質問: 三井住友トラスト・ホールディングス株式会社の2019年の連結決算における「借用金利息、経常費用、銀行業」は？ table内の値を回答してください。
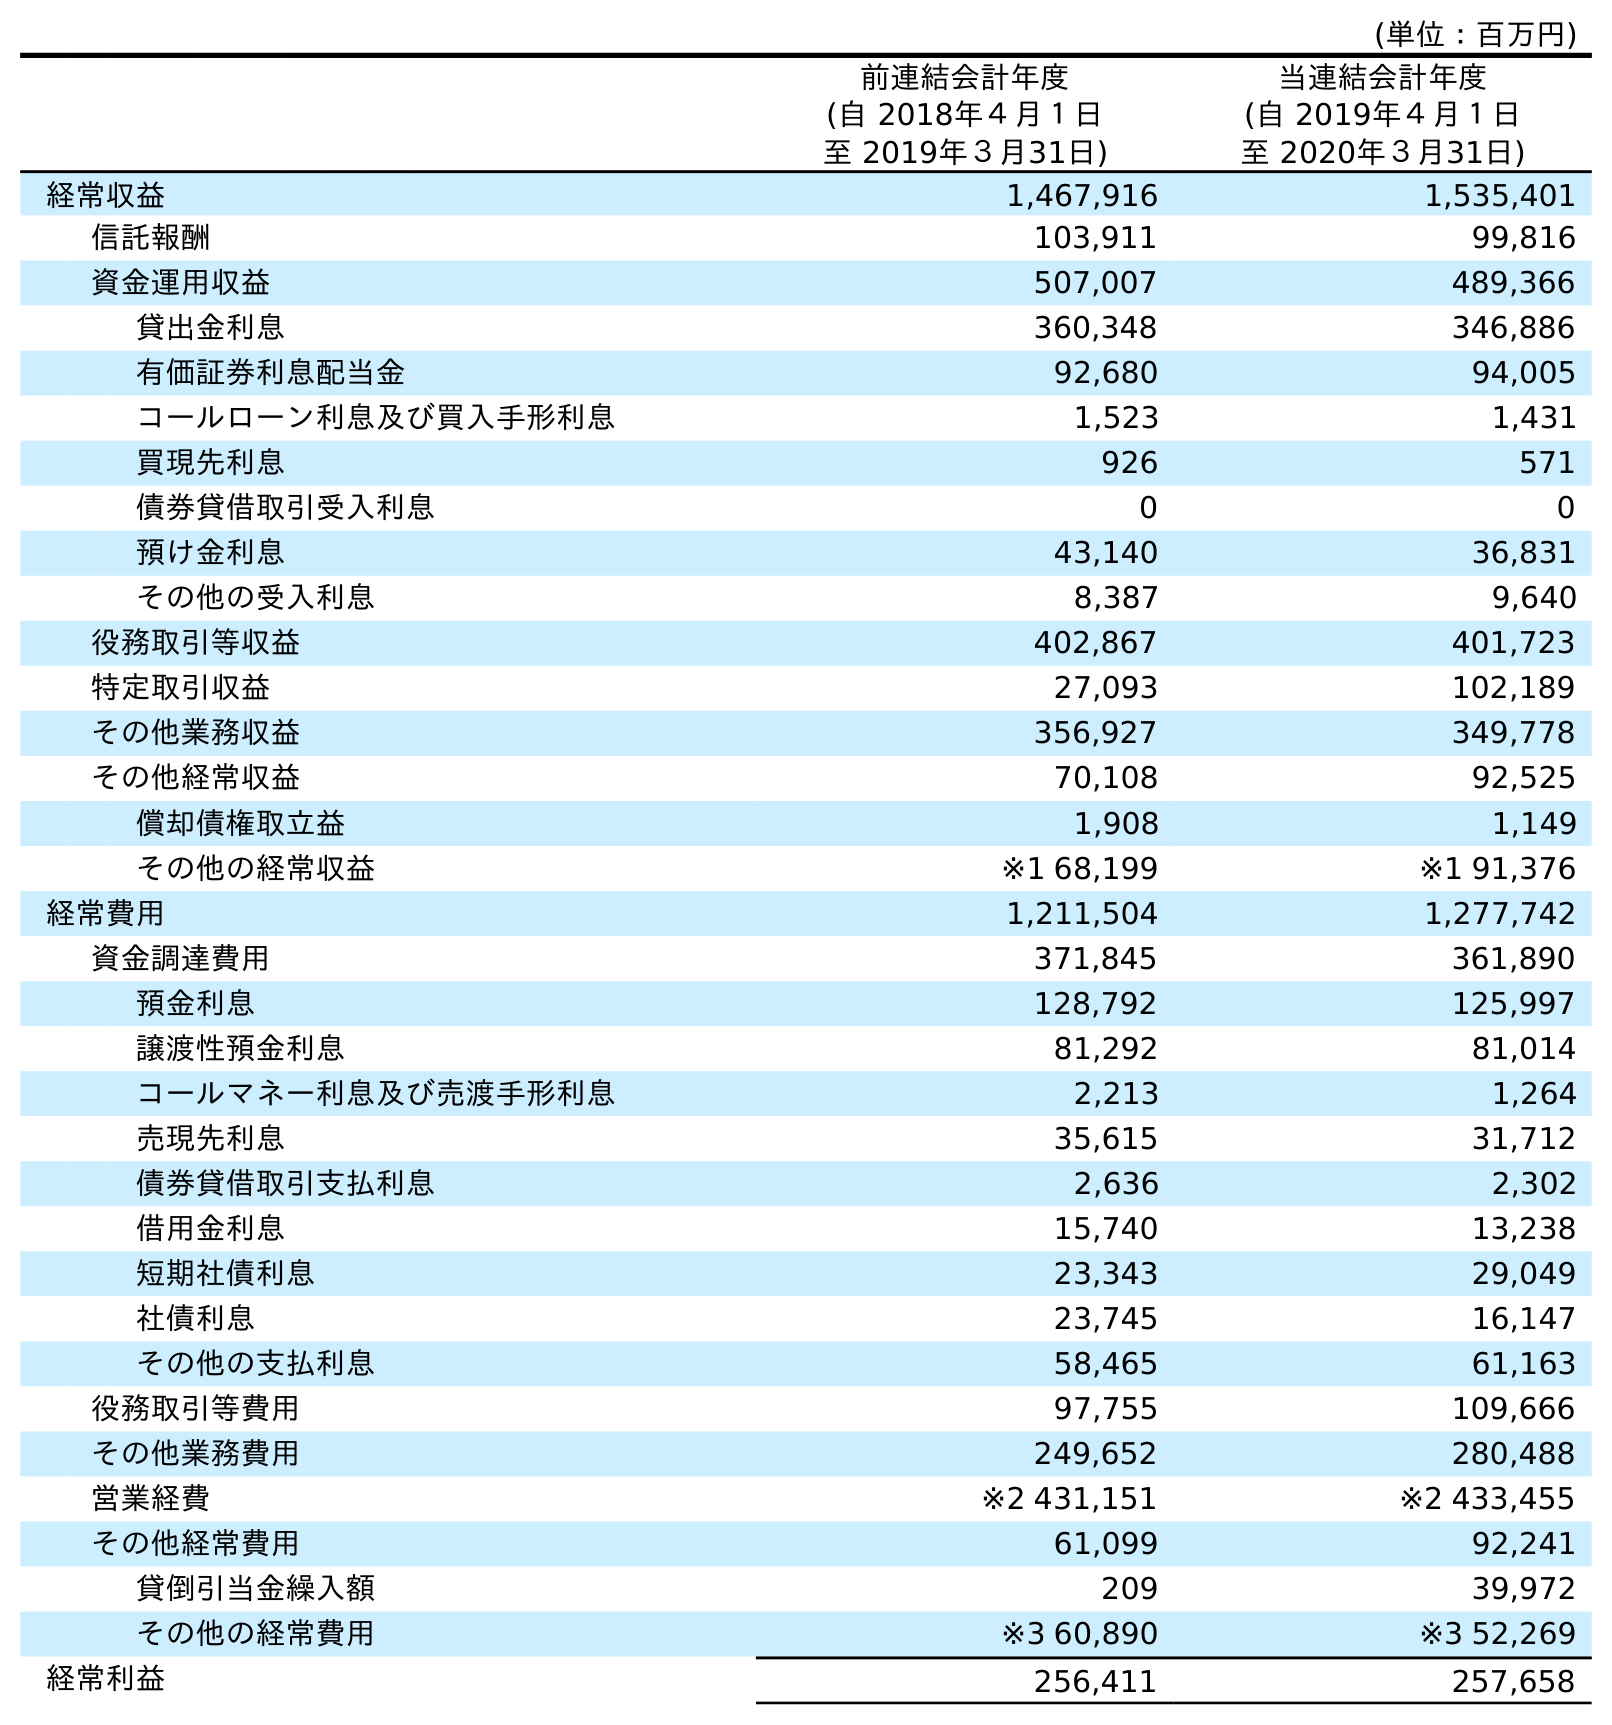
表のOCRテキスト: (単位：百万円) 前連結会計年度 (自 2018年４月１日 至 2019年３月31日) 当連結会計年度 (自 2019年４月１日 至 2020年３月31日) 経常収益 1,467,916 1,535,401 信託報酬 103,911 99,816 資金運用収益 507,007 489,366 貸出金利息 360,348 346,886 有価証券利息配当金 92,680 94,005 コールローン利息及び買入手形利息 1,523 1,431 買現先利息 926 571 債券貸借取引受入利息 0 0 預け金利息 43,140 36,831 その他の受入利息 8,387 9,640 役務取引等収益 402,867 401,723 特定取引収益 27,093 102,189 その他業務収益 356,927 349,778 その他経常収益 70,108 92,525 償却債権取立益 1,908 1,149 その他の経常収益 ※1 68,199 ※1 91,376 経常費用 1,211,504 1,277,742 資金調達費用 371,845 361,890 預金利息 128,792 125,997 譲渡性預金利息 81,292 81,014 コールマネー利息及び売渡手形利息 2,213 1,264 売現先利息 35,615 31,712 債券貸借取引支払利息 2,636 2,302 借用金利息 15,740 13,238 短期社債利息 23,343 29,049 社債利息 23,745 16,147 その他の支払利息 58,465 61,163 役務取引等費用 97,755 109,666 その他業務費用 249,652 280,488 営業経費 ※2 431,151 ※2 433,455 その他経常費用 61,099 92,241 貸倒引当金繰入額 209 39,972 その他の経常費用 ※3 60,890 ※3 52,269 経常利益 256,411 257,658
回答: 15,740